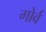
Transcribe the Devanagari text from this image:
गोर्व